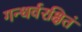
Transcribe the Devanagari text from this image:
गन्धर्वरक्षितं